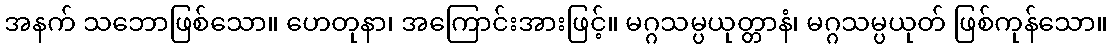
အနက် သဘောဖြစ်သော။ ဟေတုနာ၊ အကြောင်းအားဖြင့်။ မဂ္ဂသမ္ပယုတ္တာနံ၊ မဂ္ဂသမ္ပယုတ် ဖြစ်ကုန်သော။